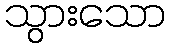
သွားသော